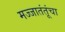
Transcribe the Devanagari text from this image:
मज्जातंतूंचा